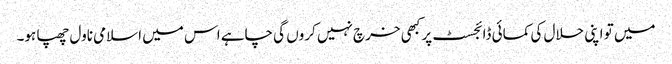
میں تو اپنی حلال کی کمائی ڈائجسٹ پر کبھی خرچ نہیں کروں گی چاہے اس میں اسلامی ناول چھپا ہو۔